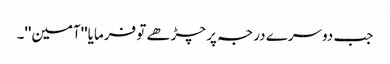
جب دوسرے درجہ پر چڑھے تو فرمایا''آمین''۔